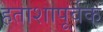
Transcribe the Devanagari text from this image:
हताशापूर्वक